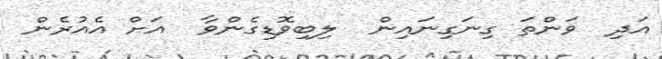
އަދި  ވަންތަ ގިނަގިނައިން  ލިބިވޮޑިގެންވާ  އަށް އެއުރެން